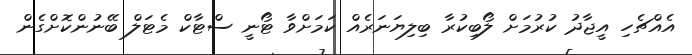
އެއްޗެހި އީޖާދު ކުރުމަށް ލޯބިކުރާ ބިލިޔަނަރެއް ކަމަށްވާ ޓޯނީ ސްޓާކް މެޓަލް ބޭނުންކޮށްގެން